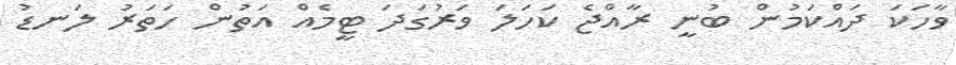
ވާހަކަ ދައްކަމުން ބުނީ ރާއްޖެ ކަހަލަ ވަރުގަދަ ޓީމެއް އަތުން ހަތަރު ލަނޑު